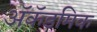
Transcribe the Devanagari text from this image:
ॲकॅडमिक